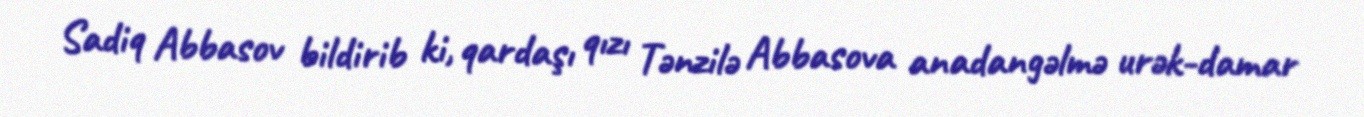
Sadiq Abbasov bildirib ki, qardaşı qızı Tənzilə Abbasova anadangəlmə urək-damar